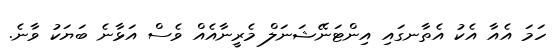
ހަމަ އެއާ އެކު އެތާނގައި އިންޓަނޭޝަނަލް މެރީނާއެއް ވެސް އަޅާނެ ބަޔަކު ވާނެ.